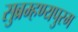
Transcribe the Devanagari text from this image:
सुब्रम्हण्यपुरम